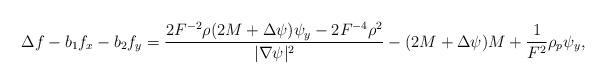
LaTeX: \begin{align*} \Delta f -b_1 f_x -b_2 f_y=\dfrac{2F^{-2} \rho(2M+\Delta \psi)\psi_y-2F^{-4}\rho^2}{|\nabla \psi|^2}- (2M+\Delta \psi)M+\dfrac{1}{F^2}\rho_p\psi_y,\end{align*}